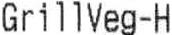
GRILLVEG-H